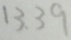
1 3 . 3 9